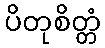
ပိတုစိတ္တံ